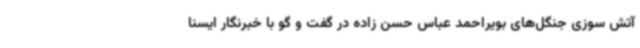
آتش سوزی جنگل‌های بویراحمد عباس حسن زاده در گفت و گو با خبرنگار ایسنا